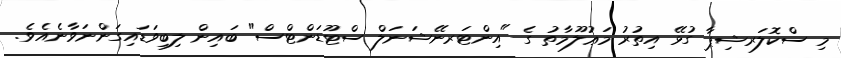
މި ސްކޮލަރޝިޕާ ގުޅޭ އިތުރު މަޢުލޫމާތު ގެ "އިންޓަރނޭޝަނަލް ސްޓޫޑަންޓްސް" ބައިން ލިބިވަޑައިގަންނަވާނެއެވެ.